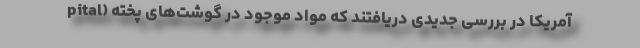
pital) آمریکا در بررسی جدیدی دریافتند که مواد موجود در گوشت‌های پخته